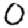
Digit: 0